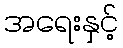
အရေးနှင့်